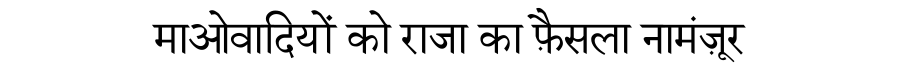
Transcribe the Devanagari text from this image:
माओवादियों को राजा का फ़ैसला नामंज़ूर